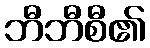
ဘီဘီစီ၏